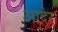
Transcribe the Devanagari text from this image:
आदेर